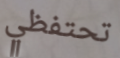
تحتفظي